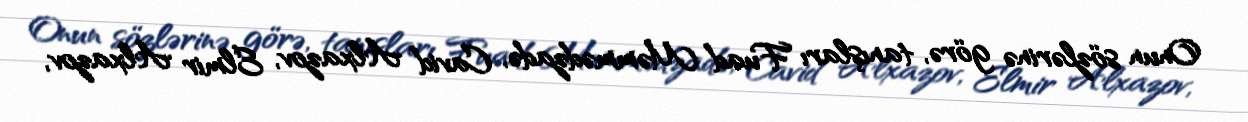
Onun sözlərinə görə, tanışları Fuad Məmmədzadə, Cavid Alxazov, Elmir Alxazov,